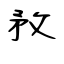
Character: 鶩